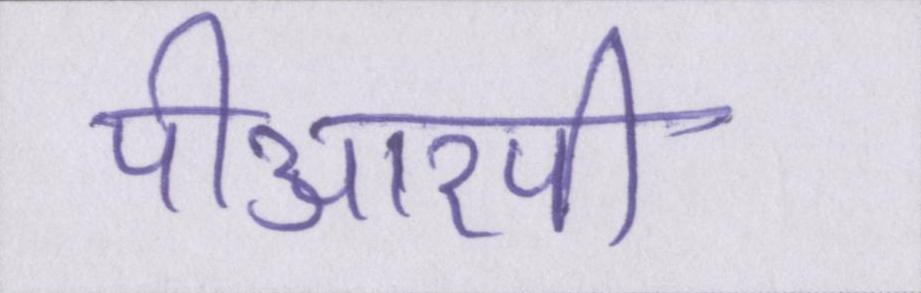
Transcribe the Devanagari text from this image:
पीआरपी